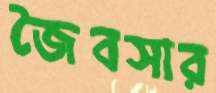
জৈবসার